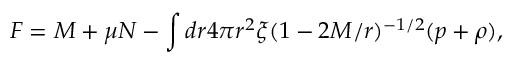
F = M + \mu N - \int d r 4 \pi r ^ { 2 } \xi ( 1 - 2 { \cal { M } } / r ) ^ { - 1 / 2 } ( p + \rho ) ,